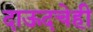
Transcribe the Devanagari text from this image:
दाऊदचेही